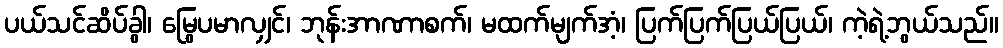
ပယ်သင်ဆိပ်ခွါ၊ မြွေပမာလျှင်၊ ဘုန်းအာဏာစက်၊ မထက်မျက်အံ့၊ ပြက်ပြက်ပြယ်ပြယ်၊ ကဲ့ရဲ့ဘွယ်သည်။